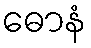
ဓောနံ